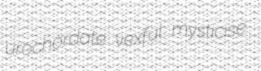
urochordate vexful mysticise